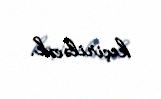
keçiriləcək.